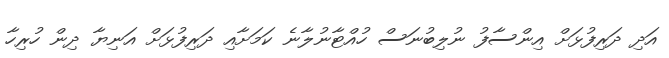
އަދި ދަރިފުޅަށް އިންސާފު ނުލިބުނަސް ހުއްޓާނުލާނެ ކަމަށާއި ދަރިފުޅަށް އަނިޔާ ދިން ހުރިހާ